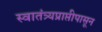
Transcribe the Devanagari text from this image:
स्वातंत्र्यप्राप्तीपासून